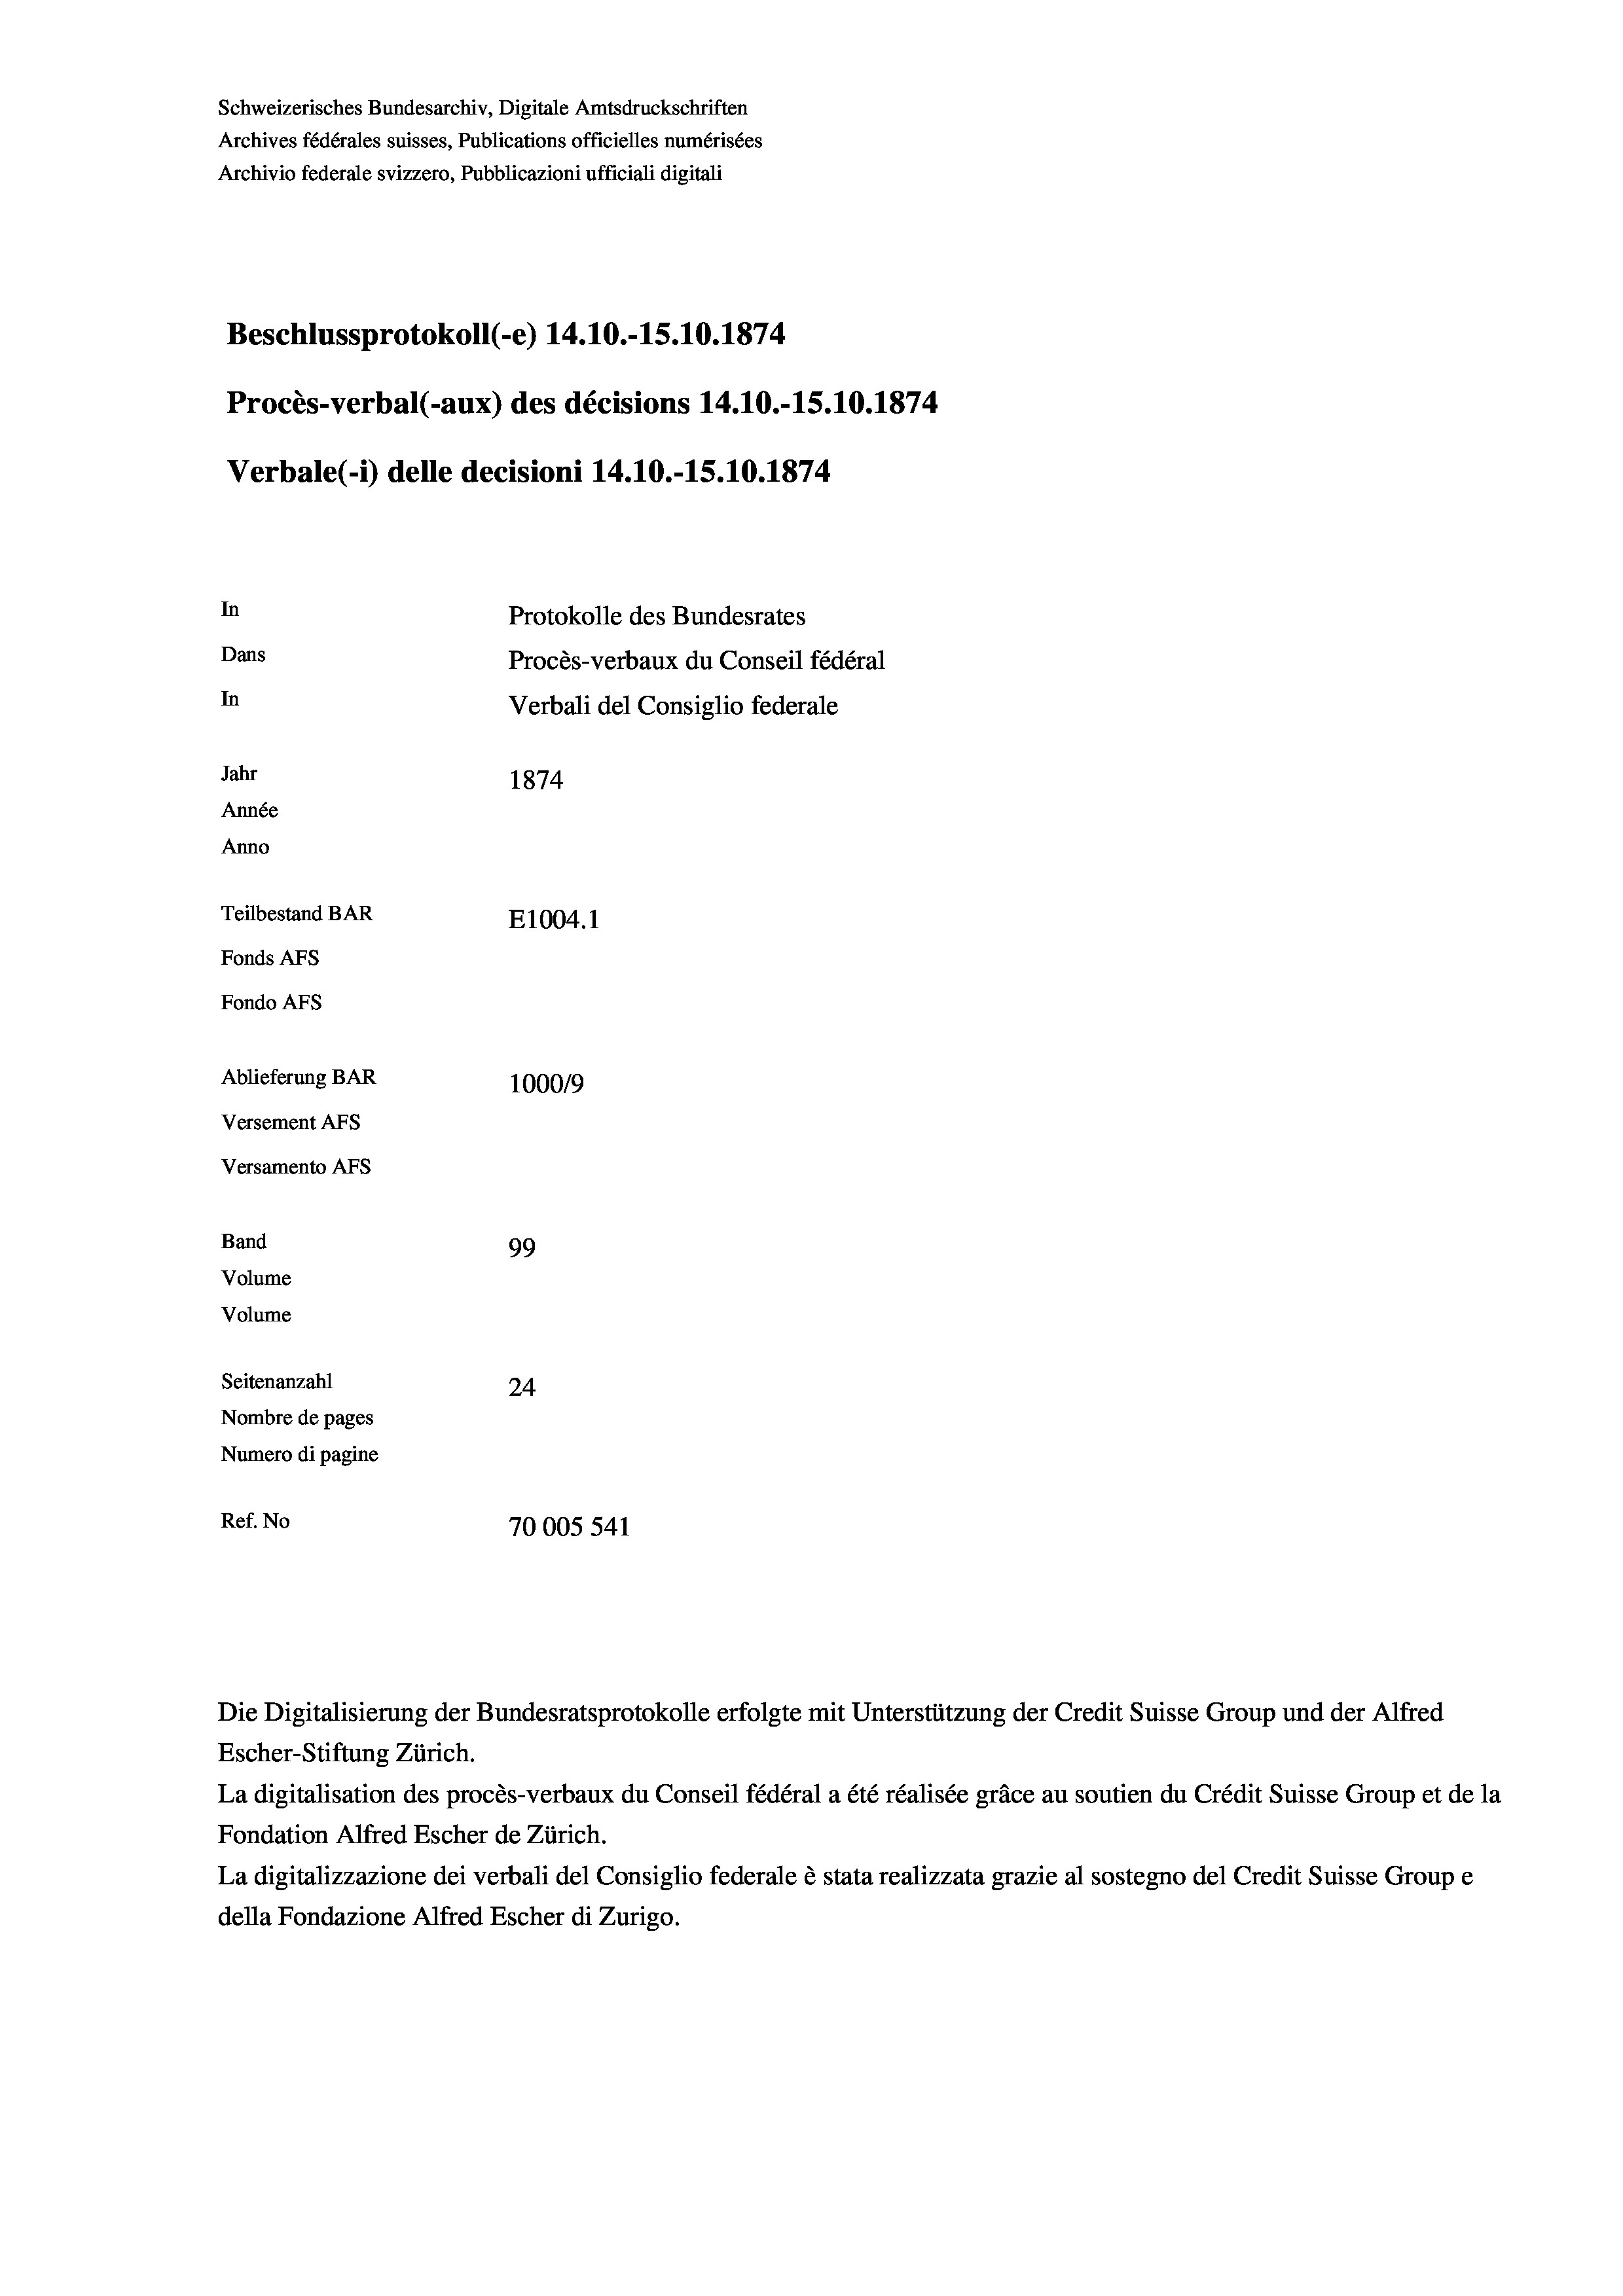
Schweizerisches Bundesarchiv, Digitale Amtsdruckschriften
Archives fédérales suisses, Publications officielles numérisées
Archivio federale svizzero, Pubblicazioni ufficiali digitali
Beschlussprotokoll (-e) 14.10.-15.10.1874
Procès-verbal (-aux) des décisions 14.10.-15.10.1874
Verbale (- 1) delle decisioni 14.10.-15.10.1874
In
Protokolle des Bundesrates
Dans
Procès-verbaux du Conseil fédéral
In
Verbali del Consiglio federale
Jahr
1874
Année
Anno
Teilbestand BAR
E1004. 1
Fonds AFs
Fondo AFS
Ablieferung BAR
100019
Versement AFs
Versamento Afs
Band
99
Volume
Volume
Seitenanzahl
24
Nombre de pages
Numero di pagine
Ref. No
70005 541

Die Digitalisierung der Bundesratsprotokolle erfolgte mit Unterstützung der Credit Suisse Group und der Alfred
Escher-Stiftung Zürich.
La digitalisation des procès-verbaux du Conseil fédéral a été réalisée gräce au soutien du Crédit Suisse Group et de la
Fondation Alfred Escher de Zürich.
La digitalizzazione dei verbali del Consiglio federale è stata realizzata grazie al sostegno del Credit Suisse Groupe
della Fondazione Alfred Escher di Zurigo.